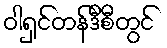
ဝါရှင်တန်ဒီစီတွင်